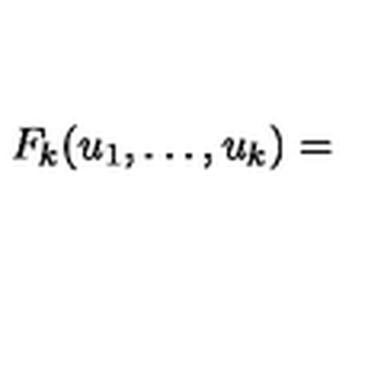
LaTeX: F _ { k } ( u _ { 1 } , \dots , u _ { k } ) =